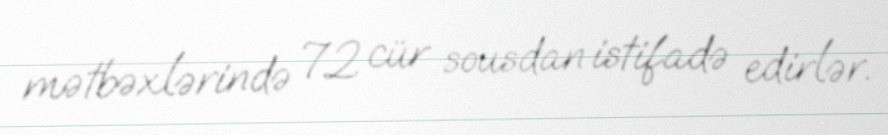
mətbəxlərində 72 cür sousdan istifadə edirlər.